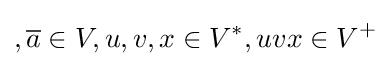
,{\overline {a}}\in V,u,v,x\in V^{*},uvx\in V^{+}